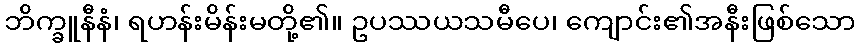
ဘိက္ခူနီနံ၊ ရဟန်းမိန်းမတို့၏။ ဥပဿယသမီပေ၊ ကျောင်း၏အနီးဖြစ်သော